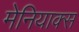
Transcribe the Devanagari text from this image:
मेनियाक्स